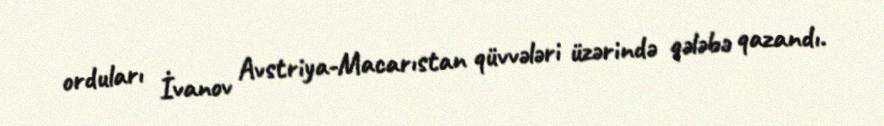
orduları İvanov Avstriya-Macarıstan qüvvələri üzərində qələbə qazandı.